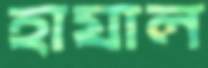
হাযাল